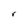
Character: r